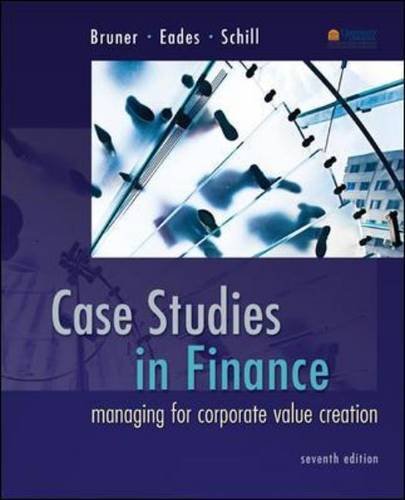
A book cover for Case Studies in Finance: Managing for Corporate Value Creation (Mcgraw-Hill/Irwin Series in Finance, Insurance and Real Estate); Robert Bruner; Business & Money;